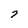
Character: 7